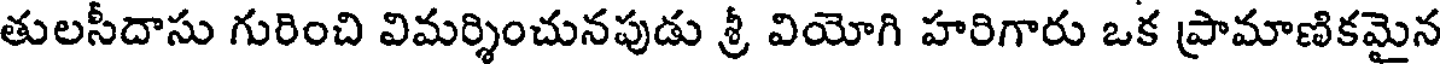
తులసీదాసు గురించి విమర్శించునపుడు శ్రీ వియోగి హరిగారు ఒక ప్రామాణికమైన